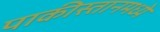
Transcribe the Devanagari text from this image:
पाकीस्तानमध्ये